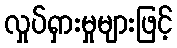
လှုပ်ရှားမှုများဖြင့်